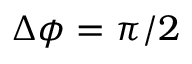
\Delta \phi = \pi / 2